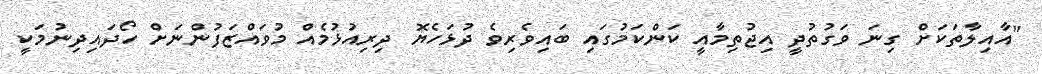
"އާއިލާތަކަށް ގިނަ ވަގުތުދީ އިޖުތިމާއީ ކަންކަމުގައި ބައިވެރިވެ ދުޅަހެޔޮ ދިރިއުޅުމެއް މުވައްޒަފުންނަށް ހޯދައިދިނުމަކީ